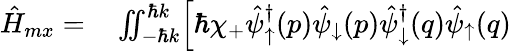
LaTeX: \begin{array}{rl}{\hat{H}_{mx}=}&{{}\iint_{-\hbar k}^{\hbar k}\Bigr[\hbar\chi_{+}\hat{\psi}_{\uparrow}^{\dagger}(p)\hat{\psi}_{\downarrow}(p)\hat{\psi}_{\downarrow}^{\dagger}(q)\hat{\psi}_{\uparrow}(q)}\end{array}